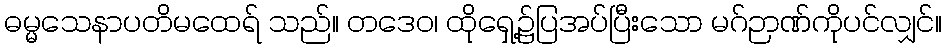
ဓမ္မသေနာပတိမထေရ် သည်။ တဒေဝ၊ ထိုရှေ့၌ပြအပ်ပြီးသော မဂ်ဉာဏ်ကိုပင်လျှင်။